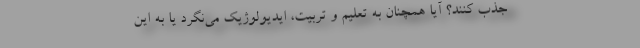
جذب کنند؟ آیا همچنان به تعلیم و تربیت، ایدیولوژیک می‌نگرد یا به این